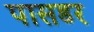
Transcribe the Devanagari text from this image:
पासडर